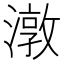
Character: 潡